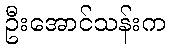
ဦးအောင်သန်းက